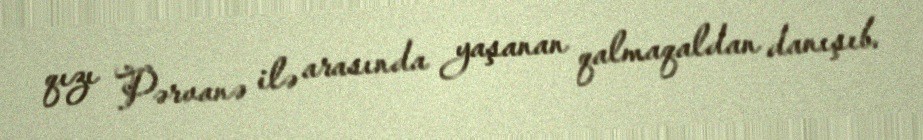
qızı Pərvanə ilə arasında yaşanan qalmaqaldan danışıb.